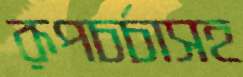
রূপচর্চাসহ